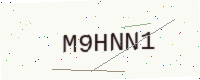
Text: M9HNN1